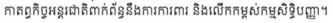
កាតព្វកិច្ចអន្តរជាតិពាក់ព័ន្ធនឹងការការពារ និងលើកកម្ពស់កម្មសិទិ្ធបញ្ញា។